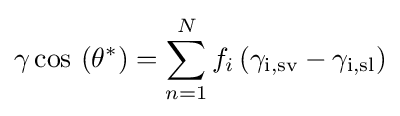
\gamma \cos \,\left(\theta ^{*}\right)=\sum _{n=1}^{N}f_{i}\left(\gamma _{\text{i,sv}}-\gamma _{\text{i,sl}}\right)